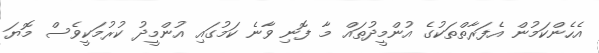
އެހެންކަމުން އެފަރާތްތަކުގެ އުންމީދުތައް މާ ފޮނި ވާނެ ކަމުގައި އުންމީދު ކުރުމަކީވެސް މޮޔަ